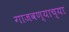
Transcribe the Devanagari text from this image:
गाजवण्याच्या